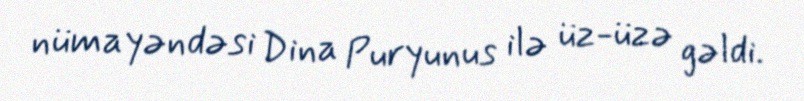
nümayəndəsi Dina Puryunus ilə üz-üzə gəldi.